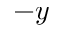
- y